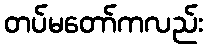
တပ်မတော်ကလည်း